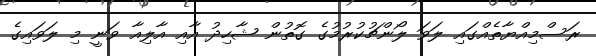
ރަސްމިއްޔާތެއްގައި ލަވަ ލޯންޗުކުރުމުގެ ގޮތުން ޝާހިދު އާއި އާލިއާ ވަނީ މި ލަވައިގެ